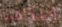
المكعب